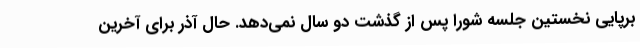
برپایی نخستین جلسه شورا پس از گذشت دو سال نمی‌دهد. حال آذر برای آخرین